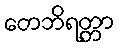
တေဘိရတ္တာ